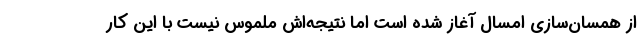
از همسان‌سازی امسال آغاز شده است اما نتیجه‌اش ملموس نیست با این کار